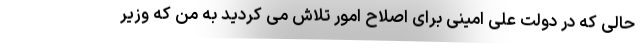
حالی که در دولت علی امینی برای اصلاح امور تلاش می کردید به من که وزیر